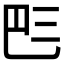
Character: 𠀧